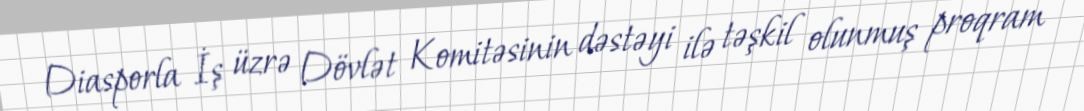
Diasporla İş üzrə Dövlət Komitəsinin dəstəyi ilə təşkil olunmuş proqram